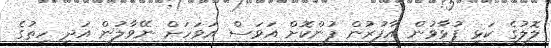
ލޮލުގެ ކަޅި ފުޅާވުން އާފުރުން ފުންކޮށް އަވަސް އަވަހަށް ނޭވާލުން އަދި ހިތުގެ